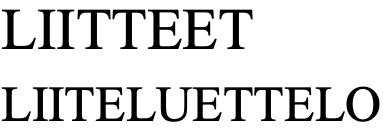
LIITTEET LIITELUETTELO